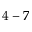
4 - 7